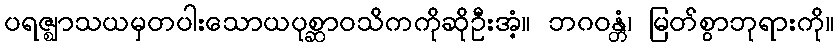
ပရဇ္ဈာသယမှတပါးသောယပုစ္ဆာဝသိကကိုဆိုဦးအံ့။ ဘဂဝန္တံ၊ မြတ်စွာဘုရားကို။